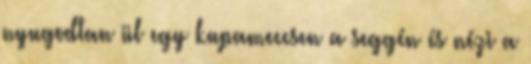
nyugodtan ül egy kupameccsen a seggén és nézi a